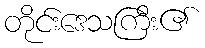
တိုင်းဒေသကြီး၏